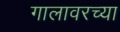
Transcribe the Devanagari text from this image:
गालावरच्या